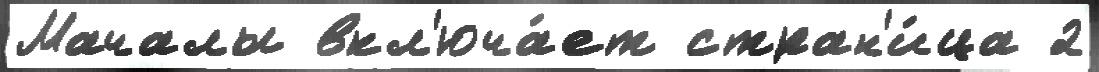
Мачалы вкл'юча́ет стран'и́ца 2